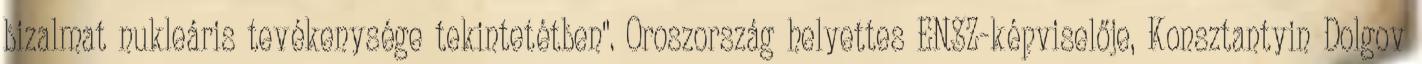
bizalmat nukleáris tevékenysége tekintetétben". Oroszország helyettes ENSZ-képviselője, Konsztantyin Dolgov